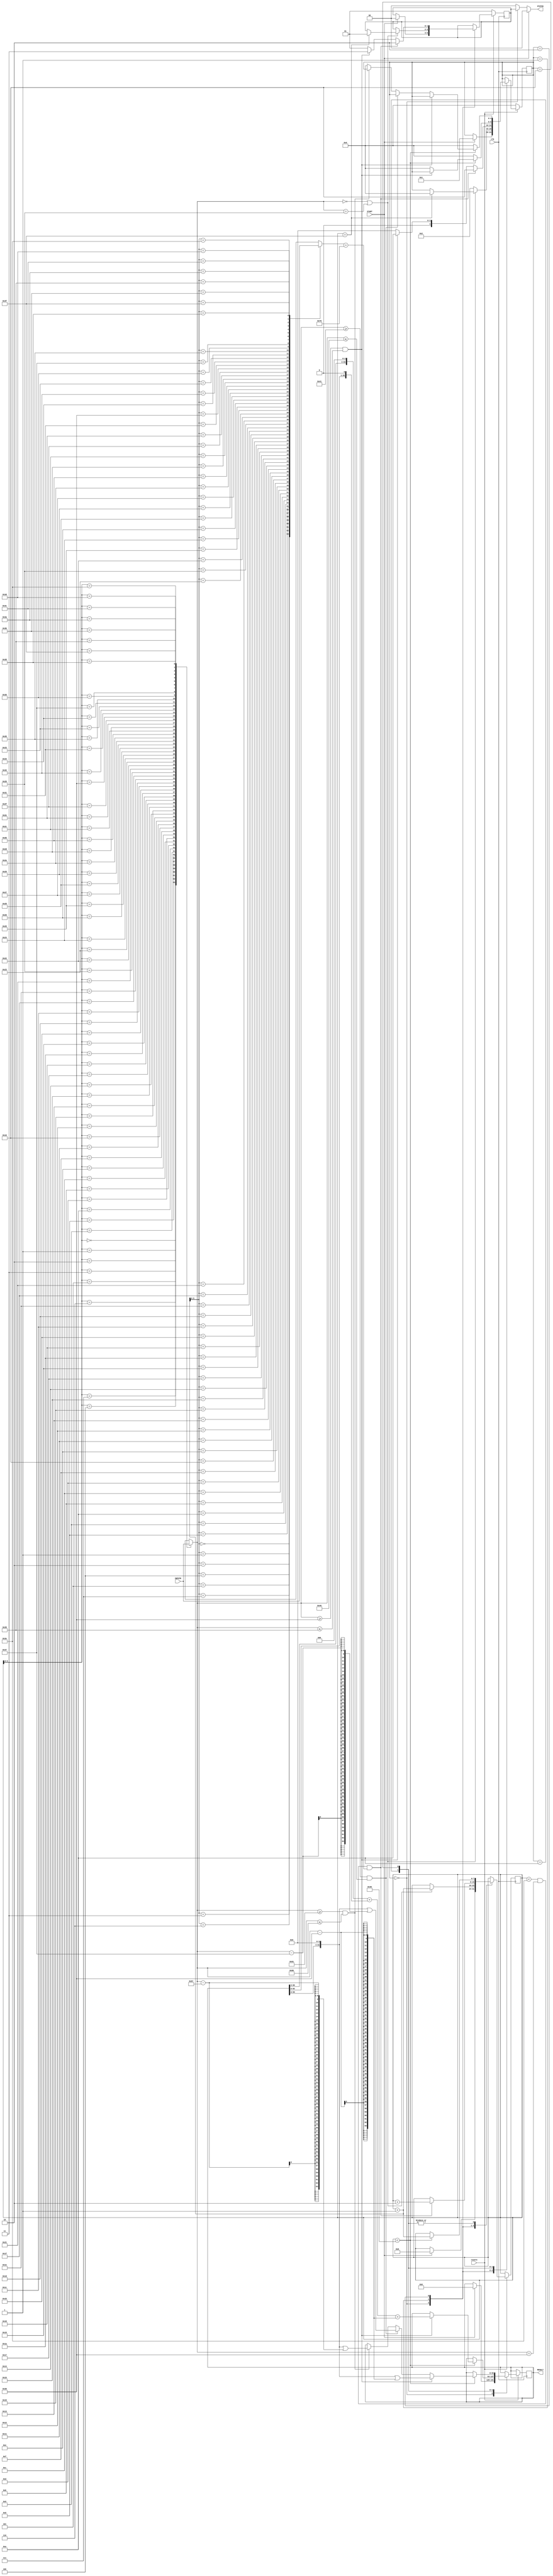

`timescale 1ns/100ps
//=========================================================================================================
//                                    ------->  Revision History  <------
//=========================================================================================================
//
//   Date     Who   Ver  Changes
//=========================================================================================================
// 12-Aug-22  DWW  1000  Initial creation
//=========================================================================================================


//=========================================================================================================
// strtoul - Determines whether a string represents an ASCII decimal number, an ASCII hex number, or
//           neither.   If it represents a hex or decimal number, that number is decoded into a 64-bit
//           integer.   
//          
// Inputs:  START  = strobe on for one cycle to begin
//          INPSTR = Register that is STR_WIDTH bits wide that contains the right-justified input string
//
// Outputs: STATUS = 0=Not finished, 1=Not numeric, 2=ASCII hex, 3=ASCII decimal
//          RESULT = The decoded unsigned integer
//          
//=========================================================================================================

module strtoul #
(
    parameter STR_WIDTH = 512
)
(
    input                clk, resetn,
    input                START,
    input[STR_WIDTH-1:0] INPSTR,

    output[1:0]          STATUS,
    output[63:0]         RESULT
);

genvar x;
localparam STRLEN     = STR_WIDTH / 8;
localparam LAST_INDEX = STRLEN - 1;

// These are the four possible values that can be in STATUS
localparam STATUS_NONE = 0;
localparam STATUS_NOT  = 1;
localparam STATUS_HEX  = 2;
localparam STATUS_DEC  = 3;

// The current state of the FSM
reg[4:0] state;

// Map a byte array on top of the INPSTR
wire[7:0] inp_char[0:STRLEN-1];
for (x=0; x<STRLEN; x=x+1) assign inp_char[x] = INPSTR[8*(STRLEN-1-x) +: 8];

// This is the index into the string
reg[7:0] index;  

// This is the integer result of our ASCII-to-integer conversion
reg[63:0] result; assign RESULT = result;

// STATUS : 0=Not done, 1=Not-numeric, 2=ASCII Hex, 3=ASCII decimal
reg[1:0] status; assign STATUS = (START == 1) ? STATUS_NONE :
                                 (state == 0) ? status      : STATUS_NONE;
                             
// These two bytes are always the character at the index, and the character after
wire[7:0] c0, c1;
assign c0 = inp_char[index];
assign c1 = inp_char[index + 1];


always @(posedge clk) begin
    
    if (resetn == 0) begin
        status <= STATUS_NOT;
        state  <= 0; 
    end else case(state)

    // Here we are waiting for the signal that says "Go!"
    0:  if (START) begin
            status <= STATUS_NONE;
            index  <= 0;
            result <= 0;
            state  <= 1;
        end

    // We're searching for the first byte that isn't nul or space
    1:  if (c0 == 0 || c0 == " ") begin
            if (index == LAST_INDEX) begin
                status <= STATUS_NOT;
                state  <= 0;
            end
            index <= index + 1;
        end else begin
            state <= 2;
        end

    // If we get here, we found a byte that isn't a nul or a space
    2:  begin
            // If the string begins with "0x"...
            if (index < LAST_INDEX-1 && c0 == "0" && c1 == "x") begin
                status <= STATUS_HEX;
                index  <= index + 2;
                state  <= 16;
            end 

            // Otherwise if the string begins with a decimal digit...
            else if (c0 >= "0" && c0 <= "9") begin
                status <= STATUS_DEC;
                state  <= 10;
            end

            // Otherwise, this isn't a numeric string
            else begin
                status <= STATUS_NOT; 
                state  <= 0;
            end
        end

    // Decode an ASCII base-10 number into an integer
    10: if (index < STRLEN) begin
            if (c0 >= "0" && c0 <= "9")
                result <= (result << 3) + (result << 1) + (c0-48);
            else begin
                state  <= 0;
            end
            index <= index + 1;
        end else state <= 0;


    // Decode an ASCII base-16 number into an integer
    16: if (index < STRLEN) begin
            if (c0 >= "0" && c0 <= "9")
                result <= (result << 4) | (c0-48);
            else if (c0 >= "A" && c0 <= "F")
                result <= (result << 4) | (c0-55);
            else if (c0 >= "a" && c0 <= "f")
                result <= (result << 4) | (c0-87);
            else begin
                state <= 0;
            end
            index <= index + 1;

        end else state <= 0;

    endcase

end

endmodule
//=========================================================================================================